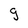
Character: g